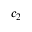
c _ { 2 }